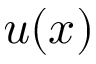
u ( x )